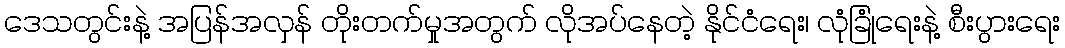
ဒေသတွင်းနဲ့ အပြန်အလှန် တိုးတက်မှုအတွက် လိုအပ်နေတဲ့ နိုင်ငံရေး၊ လုံခြုံရေးနဲ့ စီးပွားရေး